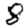
Digit: 8